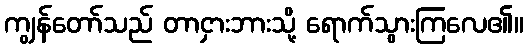
ကျွန်တော်သည် တာငှားဘားသို့ ရောက်သွားကြလေ၏။